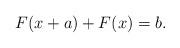
LaTeX: \begin{align*}F(x+a)+F(x)=b.\end{align*}